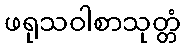
ဖရုသဝါစာသုတ္တံ